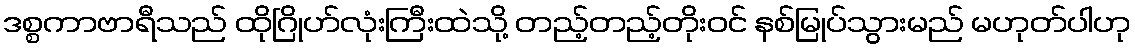
ဒစ္စကာဗာရီသည် ထိုဂြိုဟ်လုံးကြီးထဲသို့ တည့်တည့်တိုးဝင် နစ်မြုပ်သွားမည် မဟုတ်ပါဟု